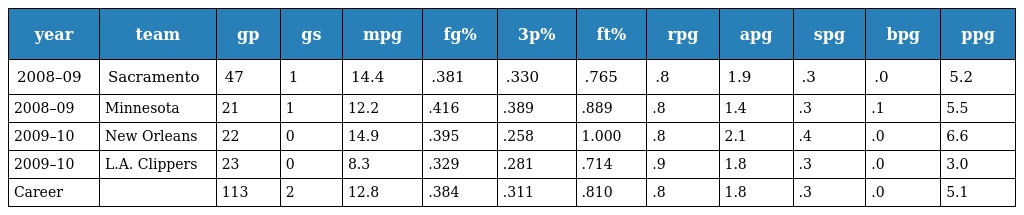
| year | team | gp | gs | mpg | fg% | 3p% | ft% | rpg | apg | spg | bpg | ppg |
 | --- | --- | --- | --- | --- | --- | --- | --- | --- | --- | --- | --- | --- |
 | 2008–09 | Sacramento | 47 | 1 | 14.4 | .381 | .330 | .765 | .8 | 1.9 | .3 | .0 | 5.2 |
 | 2008–09 | Minnesota | 21 | 1 | 12.2 | .416 | .389 | .889 | .8 | 1.4 | .3 | .1 | 5.5 |
 | 2009–10 | New Orleans | 22 | 0 | 14.9 | .395 | .258 | 1.000 | .8 | 2.1 | .4 | .0 | 6.6 |
 | 2009–10 | L.A. Clippers | 23 | 0 | 8.3 | .329 | .281 | .714 | .9 | 1.8 | .3 | .0 | 3.0 |
 | Career |  | 113 | 2 | 12.8 | .384 | .311 | .810 | .8 | 1.8 | .3 | .0 | 5.1 |